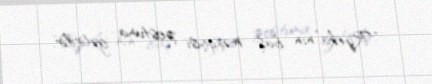
“Rijeka”nın baş məşqçisi postuna gətirilir.